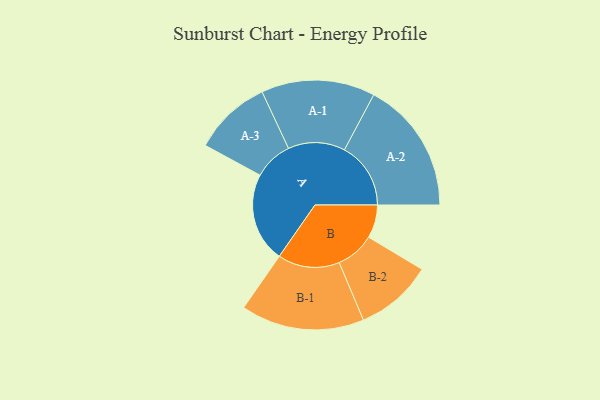
{"axis": {"x": "Segment", "y": "Value"}, "legend": ["", "A", "B"], "data": [{"x": "A", "y": 370, "type": ""}, {"x": "B", "y": 137, "type": ""}, {"x": "A-1", "y": 235, "type": "A"}, {"x": "A-2", "y": 274, "type": "A"}, {"x": "A-3", "y": 161, "type": "A"}, {"x": "B-1", "y": 255, "type": "B"}, {"x": "B-2", "y": 160, "type": "B"}]}